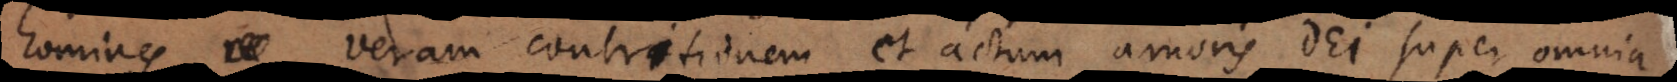
homines veram contritionem et actum amoris Dei super omnia